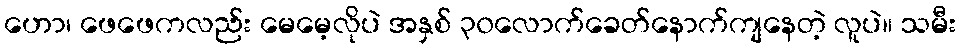
ဟော၊ ဖေဖေကလည်း မေမေ့လိုပဲ အနှစ် ၃၀လောက်ခေတ်နောက်ကျနေတဲ့ လူပဲ။ သမီး